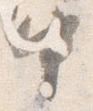
中